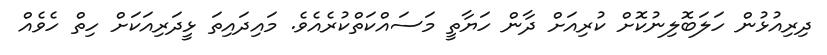
ދިރިއުޅުން ހަލަބޮލިނުކޮށް ކުރިއަށް ދާން ހަޔާތީ މަސައްކަތްކުރެއެވެ. މައިދައިތަ ޅީދަރިއަކަށް ހިތް ހެވެއް